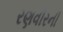
રણવીરની